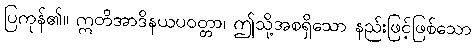
ပြကုန်၏။ ဣတိအာဒိနယပဝတ္တာ၊ ဤသို့အစရှိသော နည်းဖြင့်ဖြစ်သော